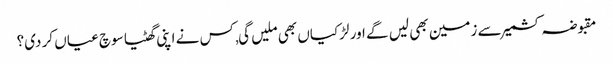
مقبوضہ کشمیر سے زمین بھی لیں گے اور لڑکیاں بھی ملیں گی, کس نے اپنی گھٹیا سوچ عیاں کر دی؟